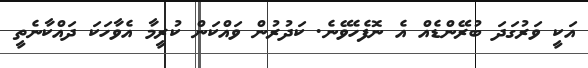
އަކީ ވަރުގަދަ ބުރޭންޑެއް އެ ނޮފެހެވޭނެ. ކަދުރުން ވައްކަން ކުރީމާ އެވާހަކަ ދައްކާނެތީ